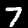
Digit: 7